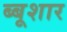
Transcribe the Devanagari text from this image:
ब्बूशार